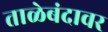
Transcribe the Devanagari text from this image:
ताळेबंदावर